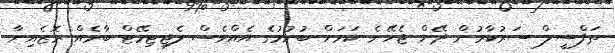
ތަފްސީލް ސަރުކާރުން ދޭން ޖެހޭނެ ކަމަށް ބުނުމުގެ އެއްވެސް ލެޖިޓިމޭޓް ބާރެއް ރޮޒެއިނާ